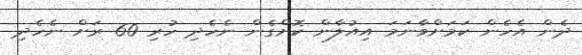
ދެން އެހެން ކަމަށްވާނަމަ އިއުލާން ކޮށްގެން ނެހެދި ހުރި 60 ރަށް ނެހެދި